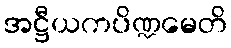
အဋ္ဌီယကပိဏ္ဍမေတိ